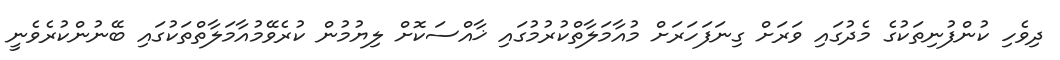
ދިވެހި ކުންފުނިތަކުގެ މެދުގައި ވަރަށް ގިނަފަހަރަށް މުއާމަލާތްކުރުމުގައި ޚާއްސަކޮށް ލިޔުމުން ކުރެވޭމުއާމަލާތްތަކުގައި ބޭނުންކުރެވެނީ